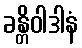
ခန္တိဝါဒါနံ